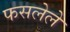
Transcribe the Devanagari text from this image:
फसलेले